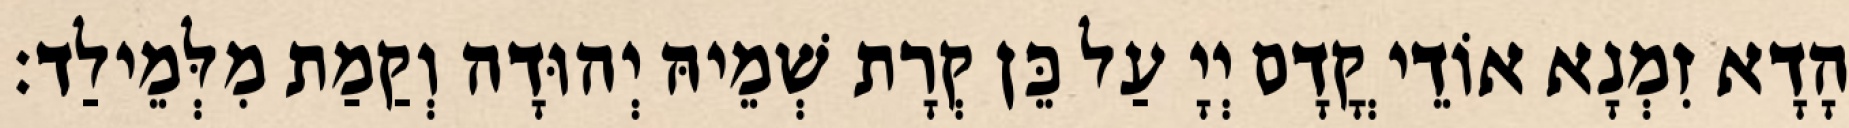
הָדָא זִמְנָא אוֹדֵי קֳדָם יְיָ עַל כֵּן קְרָת שְׁמֵיהּ יְהוּדָה וְקַמַת מִלְּמֵילַד׃